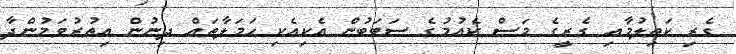
ގެރި ކަތިލުމާއި ގެރީގެ މަސް ކެއުމުގެ ސަބަބުން އެކިއެކި ހަމަލާތައް ދިނުން އިތުރުވަމުންދާ